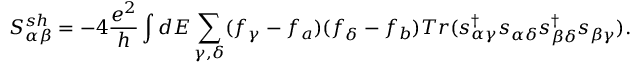
{ S _ { \alpha \beta } ^ { s h } } = - 4 \frac { e ^ { 2 } } { h } \int d E \sum _ { \gamma , \delta } ( f _ { \gamma } - f _ { a } ) ( f _ { \delta } - f _ { b } ) T r ( s _ { \alpha \gamma } ^ { \dagger } s _ { \alpha \delta } s _ { \beta \delta } ^ { \dagger } s _ { \beta \gamma } ) .